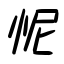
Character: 怩